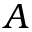
A